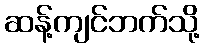
ဆန့်ကျင်ဘက်သို့